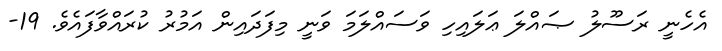
އެހެނީ ރަސޫލު ޞައްލަ ޢަލައިހި ވަސައްލަމަ ވަނީ މިފަދައިން އަމުރު ކުރައްވާފައެވެ. 19-